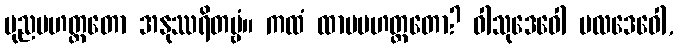
ပုညမဟတ္တတော အနုဿရိတဗ္ဗံ။ ကထံ ထာမမဟတ္တတော? ဝါသုဒေဝေါ ဗလဒေဝေါ,